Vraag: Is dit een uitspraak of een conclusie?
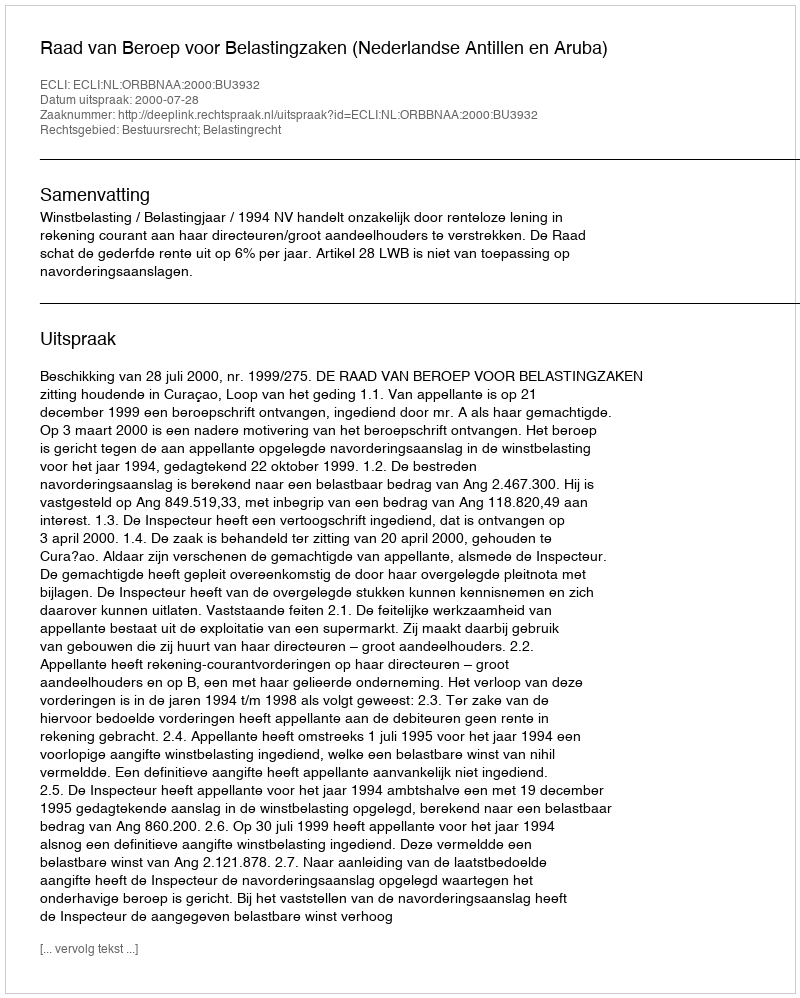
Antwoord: Uitspraak